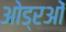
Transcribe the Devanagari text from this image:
ओड्रओं